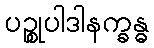
ပဉ္စုပါဒါနက္ခန္ဓ